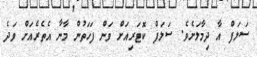
ސަލަފް އާ ދިމާލަށެވެ. ސަލަފް ކޮޓަރިއަށް ވަން ފަހަތުން މާނާ އެތެރެއަށް ވަދެ